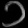
Digit: ၁